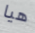
هيا